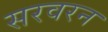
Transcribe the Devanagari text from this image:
सरवरन